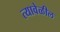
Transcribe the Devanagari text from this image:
त्यावेळील